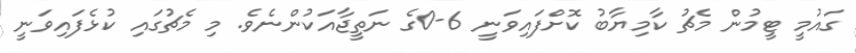
ގައުމީ ޓީމުން މެޗު ކާމިޔާބު ކޮށްފައިވަނީ 6-0ގެ ނަތީޖާއަކުންނެވެ. މި މެޗުގައި ކުޅެފައިވަނީ